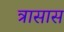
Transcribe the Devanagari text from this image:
त्रासास